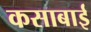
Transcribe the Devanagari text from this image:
कसाबाई